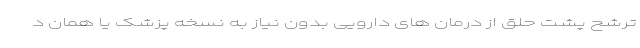
ترشح پشت حلق از درمان های دارویی بدون نیاز به نسخه پزشک یا همان د